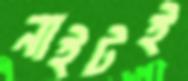
নাইটই